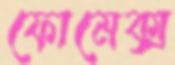
ফোমেক্স